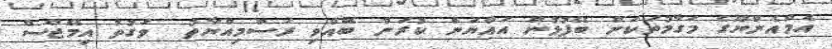
އެމްއެންޔޫގެ މަގާމުތަކަށް ބޭފުޅުން އައްޔަން ކުރަން ބޭއްވި ރަސްމިއްޔާތު  ވަގުތު އިމޭޖްސް